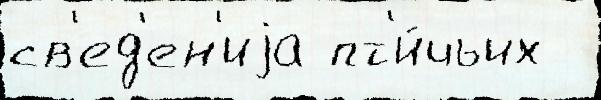
св'ед'ен'иjа пт'и́чьих